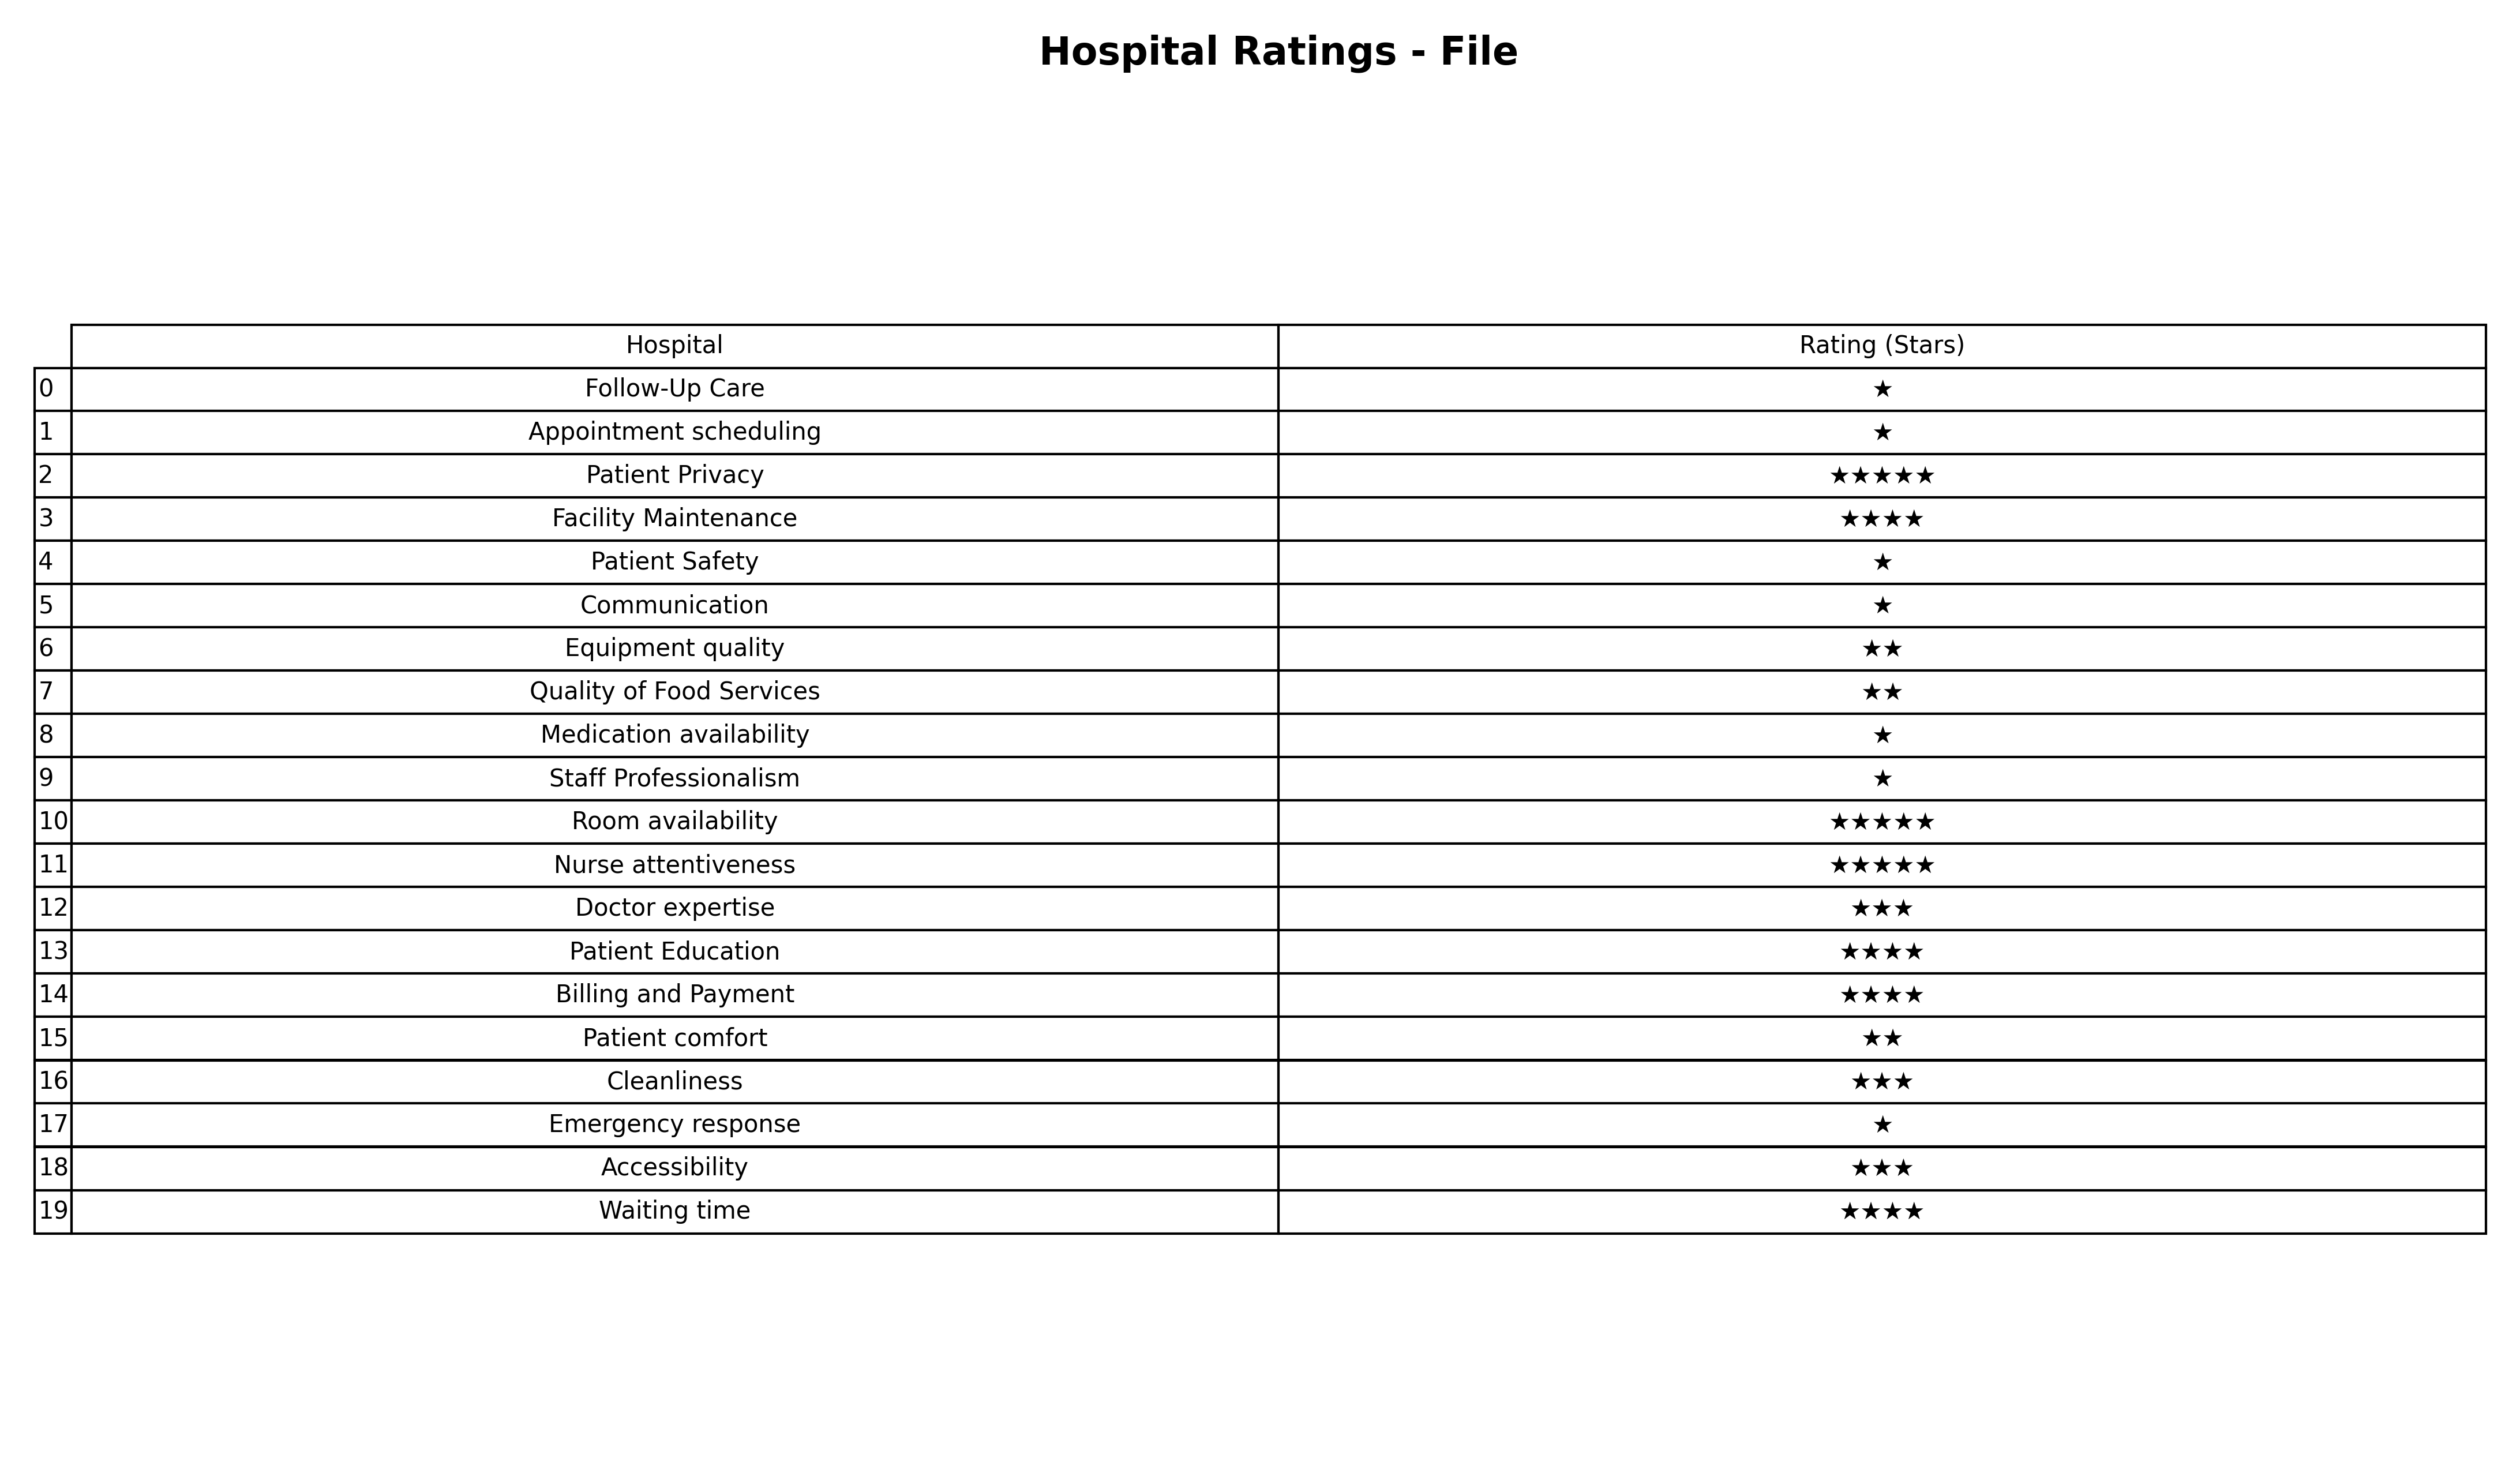
question: What are highest rating services?
answer: Follow-Up CareAppointment schedulingPatient SafetyCommunicationMedication availabilityStaff ProfessionalismEmergency response